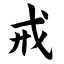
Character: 戒